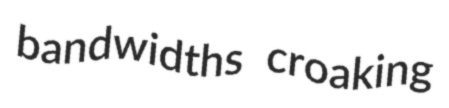
bandwidths croaking